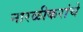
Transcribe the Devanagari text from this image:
नारळीकरांचे